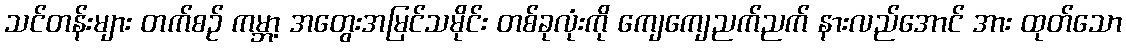
သင်တန်းများ တက်စဉ် ကမ္ဘာ့ အတွေးအမြင်သမိုင်း တစ်ခုလုံးကို ကျေကျေညက်ညက် နားလည်အောင် အား ထုတ်သော